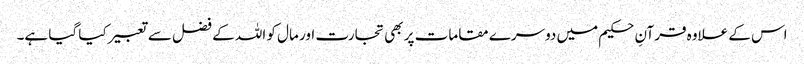
اس کے علاوہ قرآنِ حکیم میں دوسرے مقامات پر بھی تجارت اور مال کو اللہ کے فضل سے تعبیر کیا گیا ہے۔